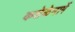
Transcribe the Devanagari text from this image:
कशेळेमार्गे